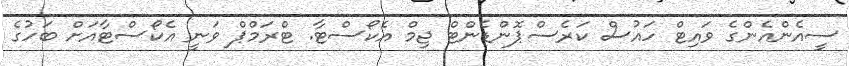
ސީއެންއެންގެ ވައިޓް ހައުސް ކަރެސްޕޮންޑެންޓް ޖިމް އެކޯސްޓާ. ޓްރަމްޕް ވަނީ އެކޯސްޓާއަށް ބަހުގެ